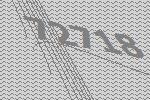
72718